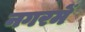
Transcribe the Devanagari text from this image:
नगरमें